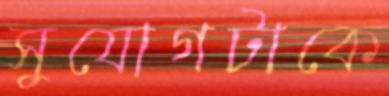
সুযোগটাকে